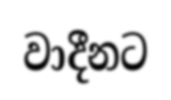
වාදීනට